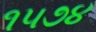
૧૫૭૪